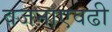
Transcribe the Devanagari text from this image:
वजनाएवढी